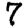
Digit: 7